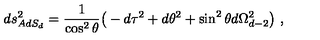
d s _ { A d S _ { d } } ^ { 2 } = { \frac { 1 } { \cos ^ { 2 } \theta } } \big ( - d \tau ^ { 2 } + d \theta ^ { 2 } + \sin ^ { 2 } \theta d \Omega _ { d - 2 } ^ { 2 } \big ) \ ,